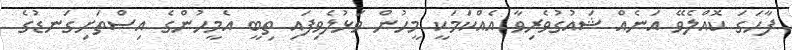
ފާހަގަ ކޮއްލެވޭ އަނެއް ޝައުގުވެރިވާ އެއްކަމަކީ މީހުން ވަޅުލެވިފައި ތިބީ އެމީހުންގެ އިސްތަށިގަނޑުގެ